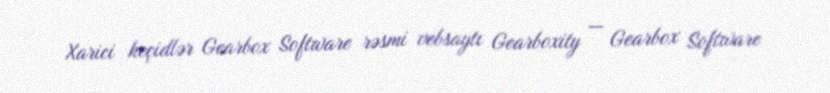
Xarici keçidlər Gearbox Software rəsmi vebsaytı Gearboxity — Gearbox Software